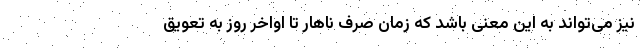
نیز می‌تواند به این معنی باشد که زمان صرف ناهار تا اواخر روز به تعویق